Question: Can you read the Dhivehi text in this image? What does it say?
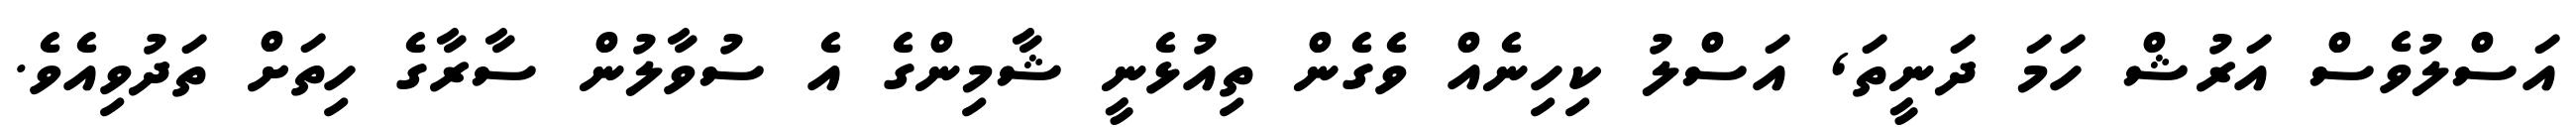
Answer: އަސްލުވެސް އަރުޝް ހަމަ ދަނީތަ, އަސްލު ކިހިނެއް ވެގެން ތިއުޅެނީ ޝާމިންގެ އެ ސުވާލުން ސާރާގެ ހިތަށް ތަދުވިއެވެ.